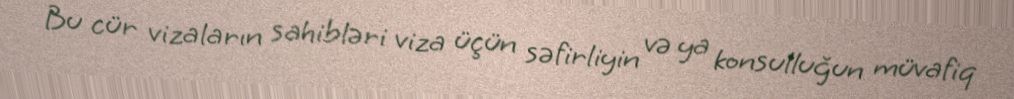
Bu cür vizaların sahibləri viza üçün səfirliyin və ya konsulluğun müvafiq